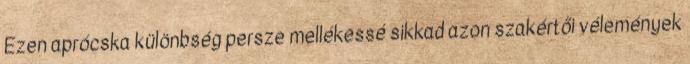
Ezen aprócska különbség persze mellékessé sikkad azon szakértői vélemények